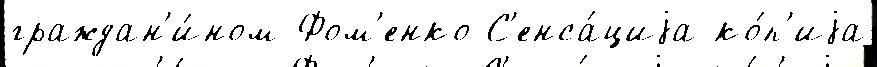
граждан'и́ном Фом'енко С'енса́циjа ко́п'иjа